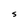
Character: S